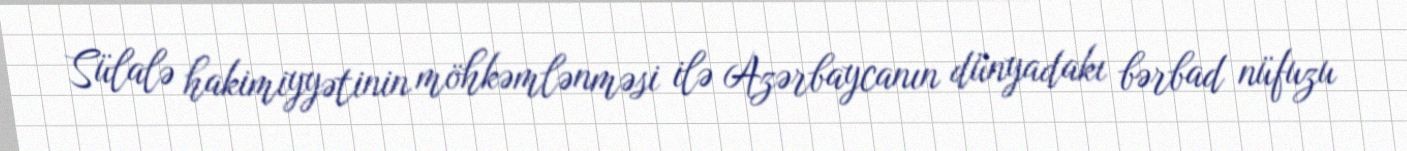
Sülalə hakimiyyətinin möhkəmlənməsi ilə Azərbaycanın dünyadakı bərbad nüfuzu